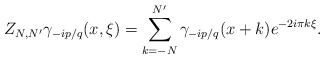
\begin{align*}Z_{N,N'} \gamma_{-ip/q} (x,\xi)= \sum_{k=-N}^{N'} \gamma_{-ip/q}(x+k) e^{-2i\pi k \xi}.\end{align*}